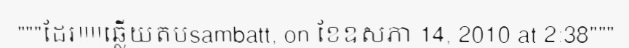
"""ដែរ!!!!ឆ្លើយតបsambatt, on ខែឧសភា 14, 2010 at 2:38"""